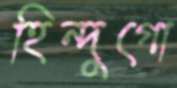
হিন্দুগো